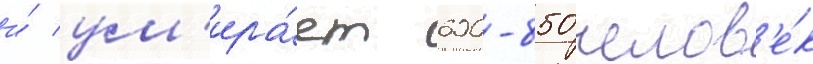
и́ ум'ира́ет 600-850 челов'е́к